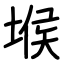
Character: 堠